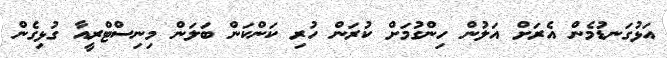
އަޅުގަނޑުމެން އެރަށް އަލުން ހިންގުމަށް ކުރަން ހުރި ކަންކަން ބަލަން މިނިސްޓްރީއާ ގުޅިގެން